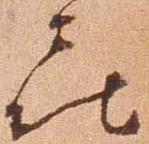
喜